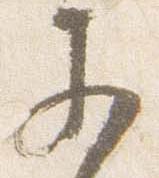
参